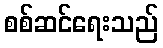
စစ်ဆင်ရေးသည်